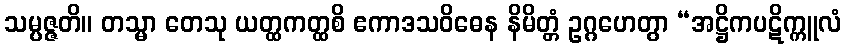
သမ္ပဇ္ဇတိ။ တသ္မာ တေသု ယတ္ထကတ္ထစိ ဧကာဒသဝိဓေန နိမိတ္တံ ဥဂ္ဂဟေတွာ “အဋ္ဌိကပဋိက္ကူလံ